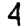
Digit: 4